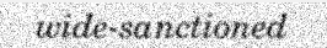
wide-sanctioned